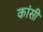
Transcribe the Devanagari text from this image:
कांसी